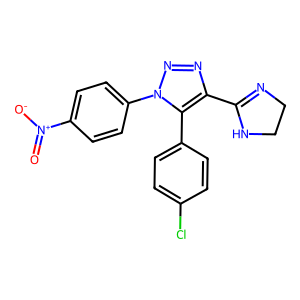
SMILES: O=[N+]([O-])c1ccc(-n2nnc(C3=NCCN3)c2-c2ccc(Cl)cc2)cc1
Inhibits HIV replication: No